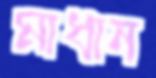
মাধান